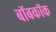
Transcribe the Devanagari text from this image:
बॉबकॉक